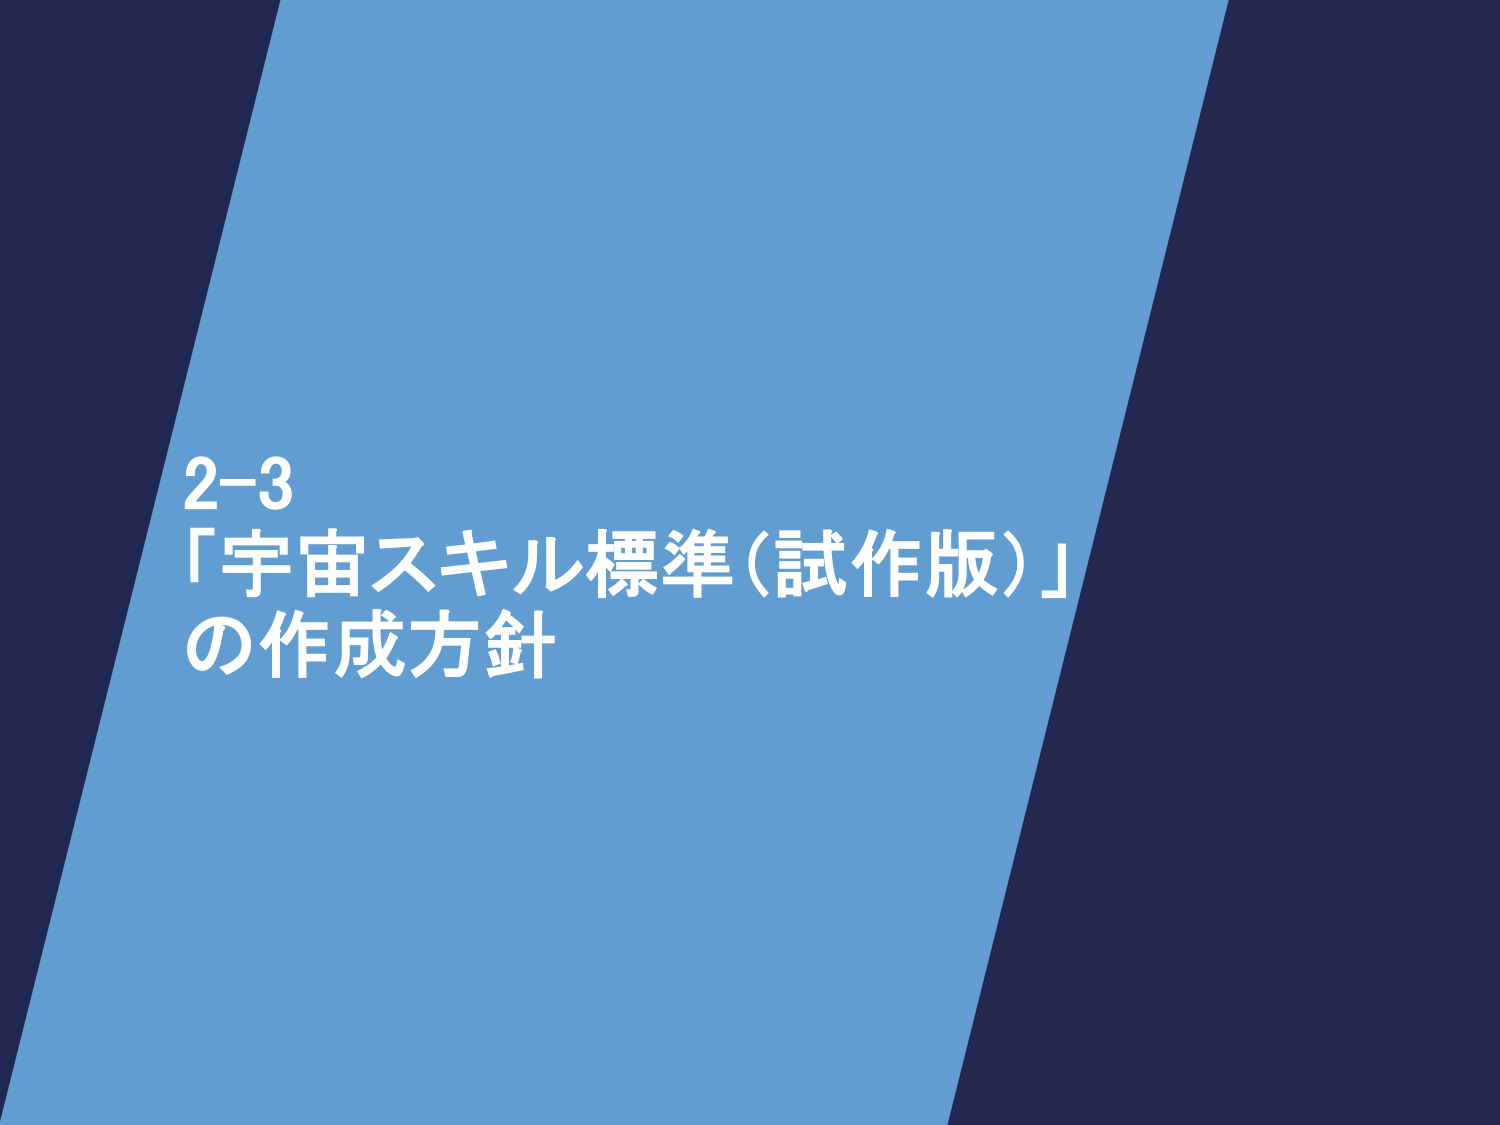
2-3
「宇宙スキル標準（試作版）」
の作成方針